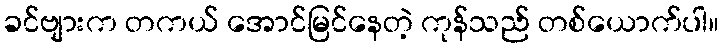
ခင်ဗျားက တကယ် အောင်မြင်နေတဲ့ ကုန်သည် တစ်ယောက်ပါ။